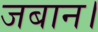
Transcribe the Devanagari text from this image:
जबान।